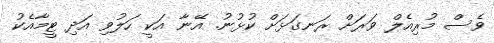
ވެސް މުރިއެލް ވަރަށް ރަނގަޅަށް ކުޅުނު. އޭނާ އަކީ ހަލުވި އަދި ޓީމާއެކު